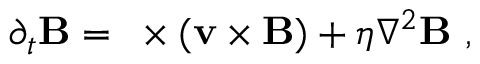
\partial _ { t } \mathbf { B } = \mathbf { \nabla } \times ( \mathbf { v } \times \mathbf { B } ) + \eta \nabla ^ { 2 } \mathbf { B } ~ ,